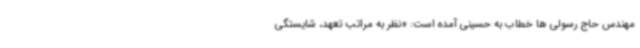
مهندس حاج رسولی ها خطاب به حسینی آمده است: «نظر به مراتب تعهد، شایستگی